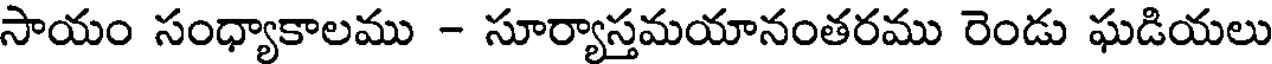
సాయం సంధ్యాకాలము - సూర్యాస్తమయానంతరము రెండు ఘడియలు